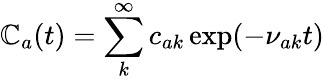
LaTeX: \mathbb{C}_{a}(t)=\sum_{k}^{\infty}c_{ak}\exp(-\nu_{ak}t)